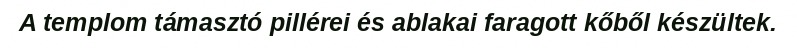
A templom támasztó pillérei és ablakai faragott kőből készültek.